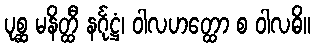
ပုစ္ဆ မနိတ္ထီ နင်္ဂုဋ္ဌံ၊ ဝါလဟတ္ထော စ ဝါလဓိ။